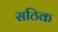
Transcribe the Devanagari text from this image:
सठिक